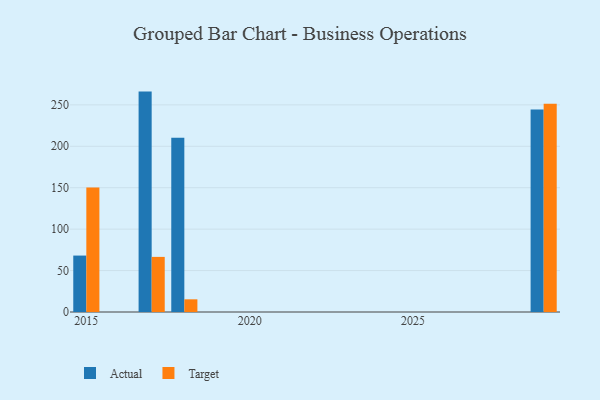
{"axis": {"x": "Year", "y": "Energy Usage (MWh)"}, "legend": ["Actual", "Target"], "data": [{"x": "2015", "y": 68.1, "type": "Actual"}, {"x": "2015", "y": 150.3, "type": "Target"}, {"x": "2018", "y": 210.4, "type": "Actual"}, {"x": "2018", "y": 15.3, "type": "Target"}, {"x": "2029", "y": 244.3, "type": "Actual"}, {"x": "2029", "y": 251.3, "type": "Target"}, {"x": "2017", "y": 266.0, "type": "Actual"}, {"x": "2017", "y": 66.5, "type": "Target"}]}